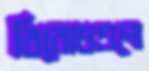
বিরোধগুলো